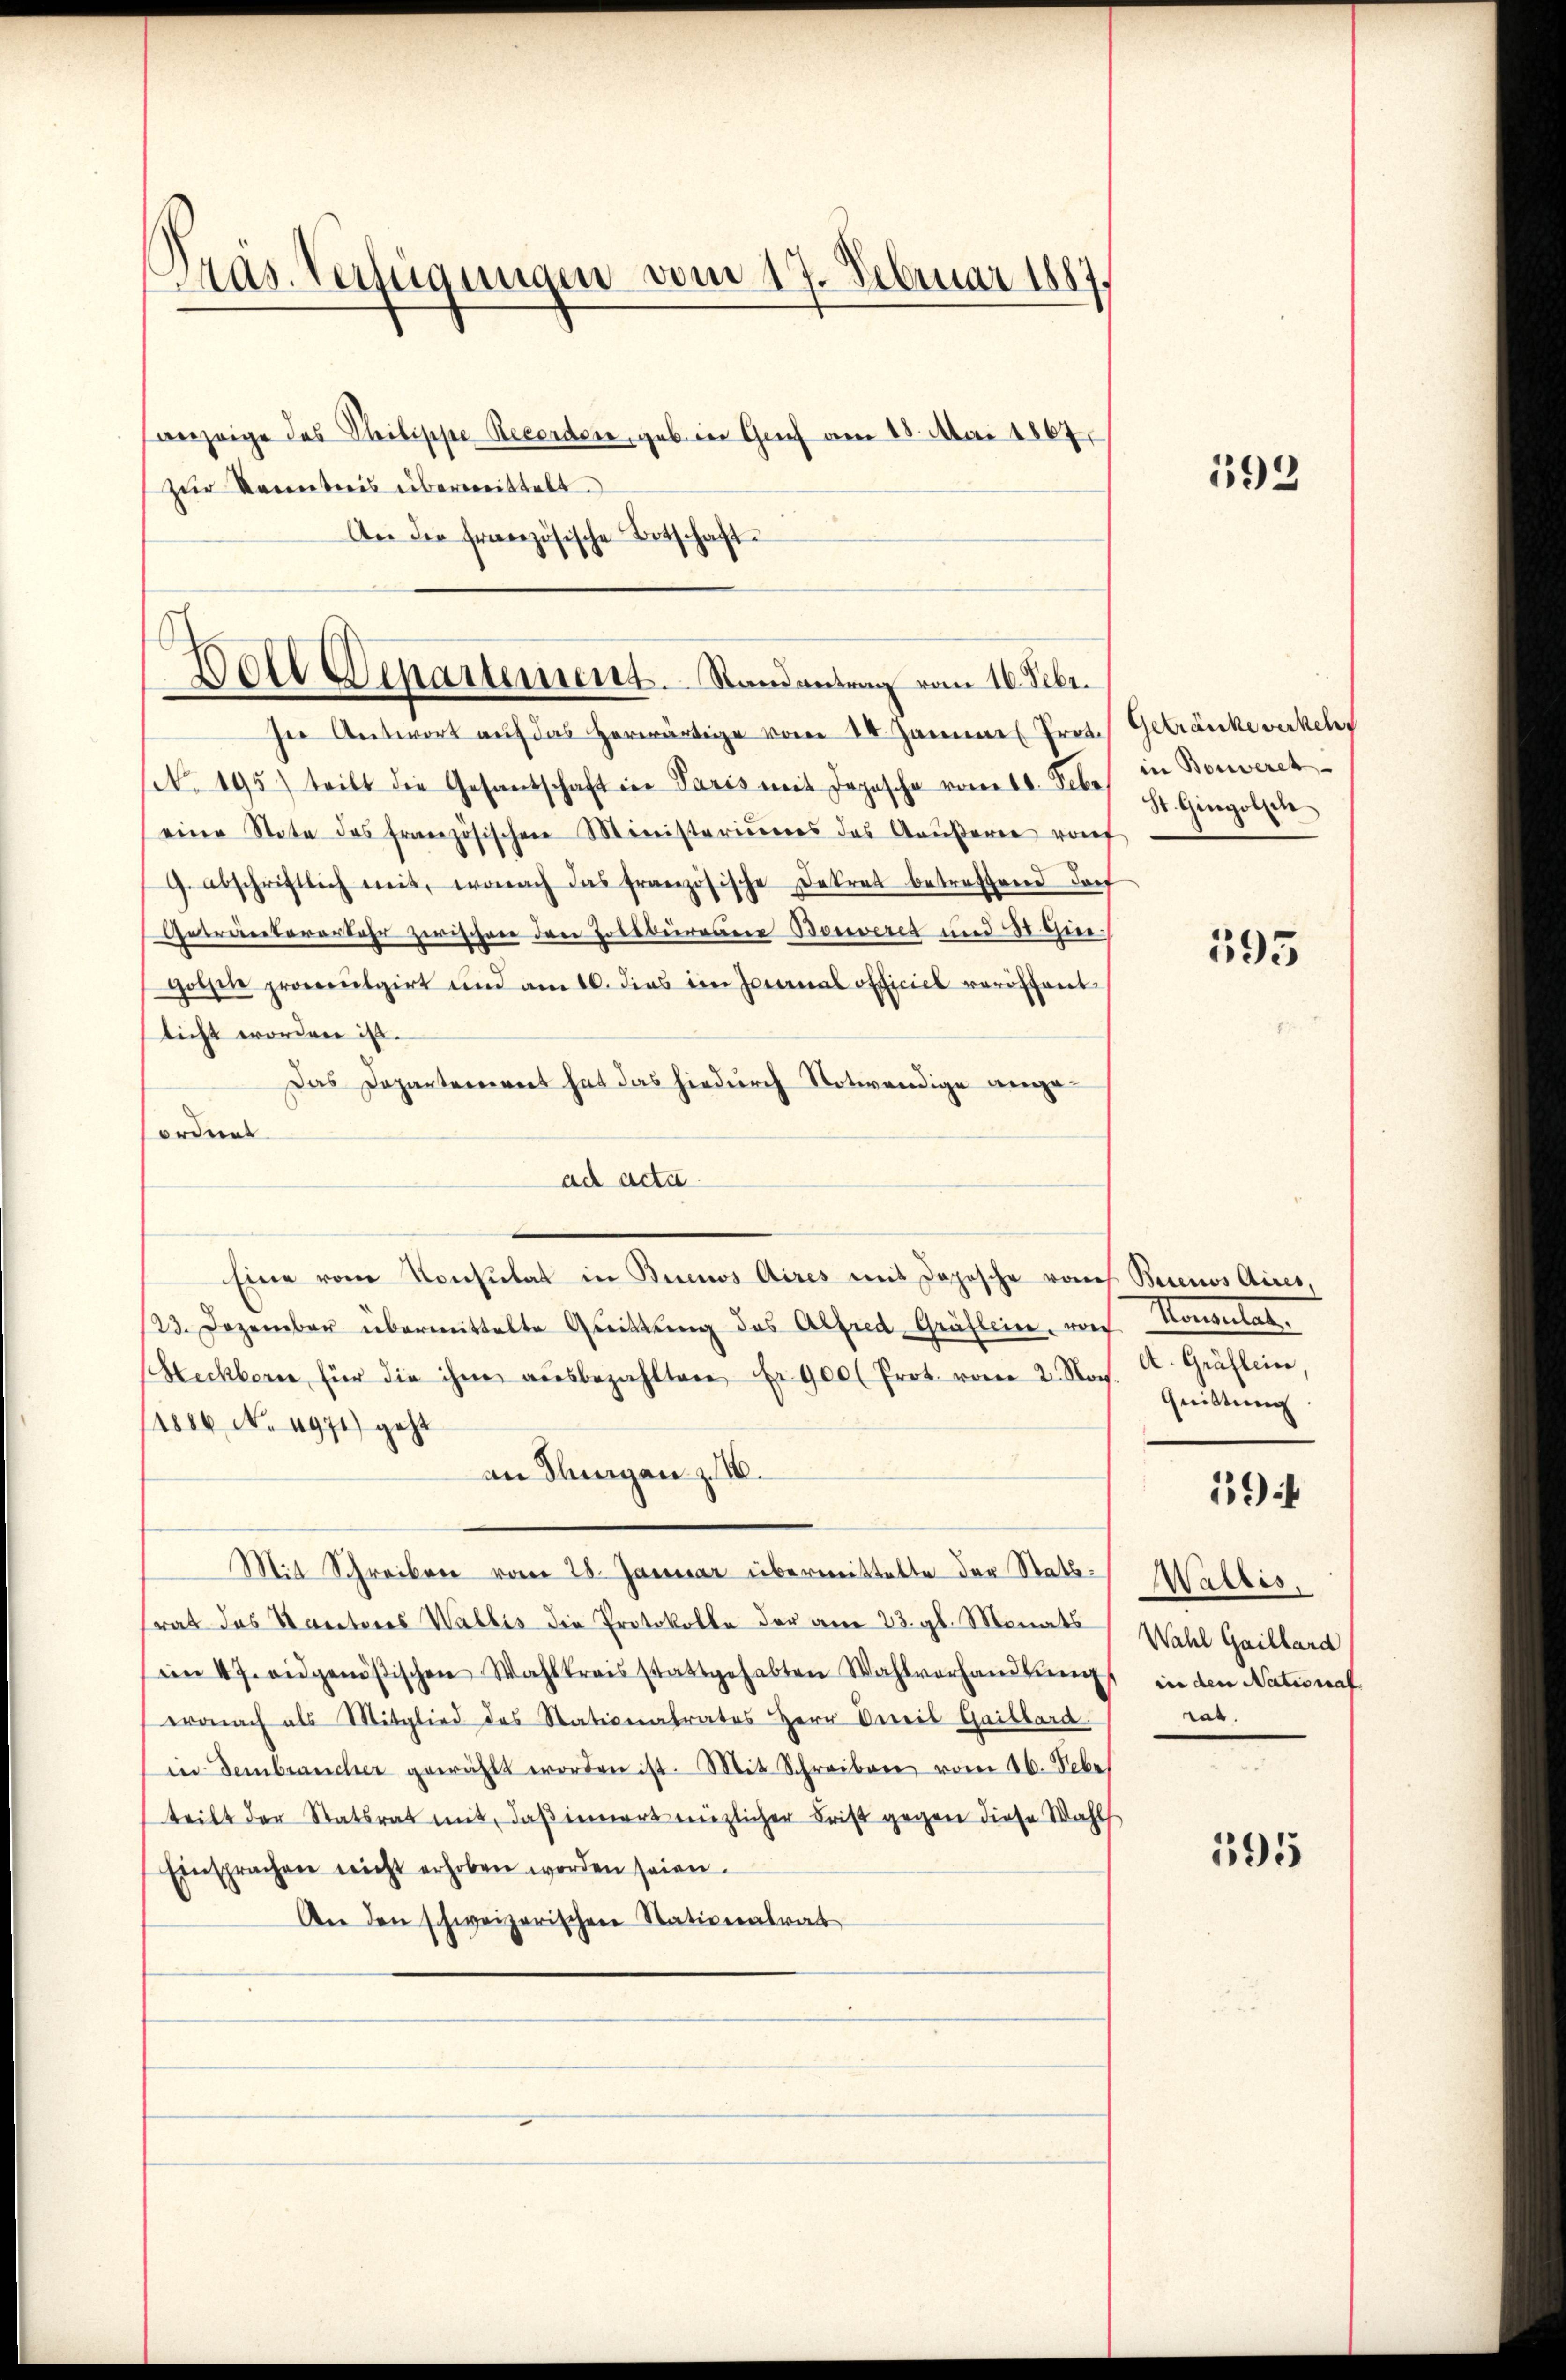
Pras. Verfügungen vom 17. Februar 1887,
anzeige des Philippe Recorden, geb. in Geich am 18. Mai 1867
zur Kenntnis übermittelt.
An die französische Betschaft

Woll Departement. Randantrag vom 16. Febr.
In Antwort auf das herwärtige vom 14. Jannes Prot.

(N. 195) teilt die Gesandschaft in Paris mit Japasche vom 10. Febr.
eine Stete des französischen Ministeriums das Aaŭβerer vorf
G. abschriftlich mit, wonach das französische Dekret betreffend doch
Getracterarter zwischen den Zollbüracere Boneret und 30 Gene¬
Hothene provoeŭlgirt und am 10. dies im Jeanal officiel veröffent
licht worden ist.
Das Departeniret hat das hiedurch Notwendige angeordnent
ad acta
Eine vom Konsulat in Buenos Aires mit Dopische von Buenos Aires,
/23. Dezember übermittelte Greittŭng des Alfred Gräflein, von Konsulat
Steckborn für die ihme aŭsbezahlten Fr. 900 (Prot. vom 2. Nov. a. Gräfleier,
1880 No 4971) geht
an Flungen z.
Mit Schreiben vom 28. Januar übermittelte der Stattrat das Kantores Wallis die Protokolle der am 23. gl. Monats
im 4 J. eidgenößischen Wahlkreis stattgehabten Wahlvorhandlŭng
eronach als Mitglied des Stationalrates Herr Vereis Gaisbard
in dembraucher gewählt worden ist. Mit Schreiben vom 26. Nebe
teilt der Statsrat mit, daß innert enzlicher Frist gegen diese Wahls
Einsprachen nicht erhoben worden seien.
An den schweizerischen Stationalrat

192

Getränke verkehr
in Bonvereh
St. Gingolsch

595

Quittung

19

Wallis,
Wahl Gaillard
in den National
rat.

595